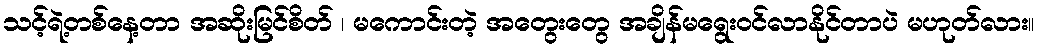
သင့်ရဲ့တစ်နေ့တာ အဆိုးမြင်စိတ် ၊ မကောင်းတဲ့ အတွေးတွေ အချိန်မရွေးဝင်လာနိုင်တာပဲ မဟုတ်လား။